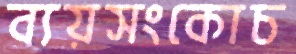
ব্যয়সংকোচ